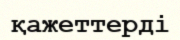
қажеттерді